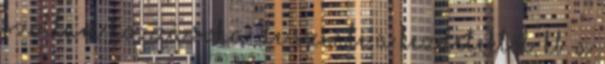
szóltam hozzá soha. De szinte a kezdetektől, kb. a